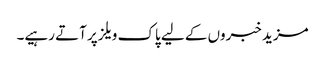
مزید خبروں کے لیے پاک ویلز پر آتے رہیے۔